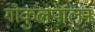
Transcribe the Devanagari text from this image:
गोकुलपालन